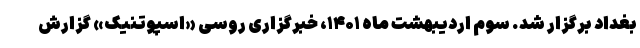
بغداد برگزار شد. سوم اردیبهشت ماه ۱۴۰۱، خبرگزاری روسی «اسپوتنیک» گزارش